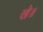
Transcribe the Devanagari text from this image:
खे॥